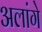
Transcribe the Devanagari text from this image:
अलांगे